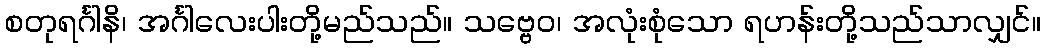
စတုရင်္ဂါနိ၊ အင်္ဂါလေးပါးတို့မည်သည်။ သဗ္ဗေဝ၊ အလုံးစုံသော ရဟန်းတို့သည်သာလျှင်။